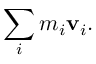
\sum _ { i } m _ { i } \mathbf { v } _ { i } .